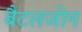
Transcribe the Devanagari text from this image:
बैटलजोन